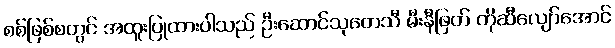
စစ်ဖြစ်စတွင် အထူးပြုထားပါသည် ဦးဆောင်သုတေသီ မီးနီဖြတ် ကိုဆီလျော်အောင်